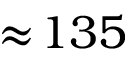
\approx \! 1 3 5